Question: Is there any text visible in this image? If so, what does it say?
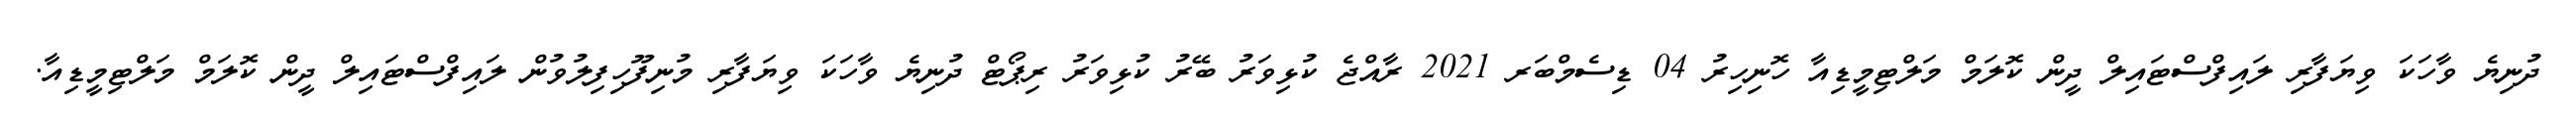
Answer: ދުނިޔެ ވާހަކަ ވިޔަފާރި ލައިފްސްޓައިލް ދީން ކޮލަމް މަލްޓިމީޑިއާ ހޮނިހިރު 04 ޑިސެމްބަރ 2021 ރާއްޖެ ކުޅިވަރު ބޭރު ކުޅިވަރު ރިޕޯޓް ދުނިޔެ ވާހަކަ ވިޔަފާރި މުނިފޫހިފިލުވުން ލައިފްސްޓައިލް ދީން ކޮލަމް މަލްޓިމީޑިއާ.